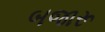
બજારૂ